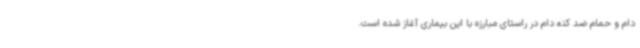
دام و حمام ضد کنه دام در راستای مبارزه با این بیماری آغاز شده است.